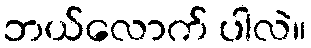
ဘယ်လောက် ပါလဲ။